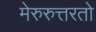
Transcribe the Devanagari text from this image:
मेरुरुत्तरतो